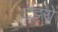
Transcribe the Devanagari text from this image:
टट्टरों